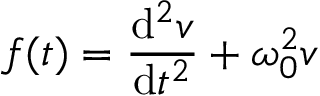
f ( t ) = { \frac { \mathrm { d } ^ { 2 } v } { \mathrm { d } t ^ { 2 } } } + \omega _ { 0 } ^ { 2 } v